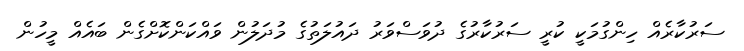
ސަރުކާރެއް ހިންގުމަކީ ކުރީ ސަރުކާރުގެ ދުވަސްވަރު ދައުލަތުގެ މުދަލުން ވައްކަންކޮށްގެން ބައެއް މީހުން